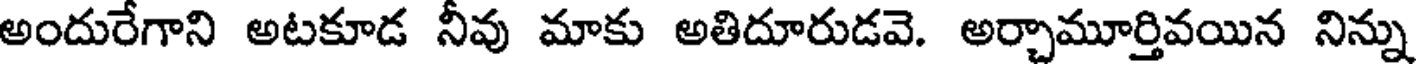
అందురేగాని అటకూడ నీవు మాకు అతిదూరుడవె. అర్చామూర్తివయిన నిన్ను